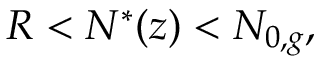
R < N ^ { * } ( z ) < N _ { 0 , g } ,